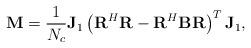
LaTeX: \begin{align*}\mathbf{M} = \frac{1}{N_c}\mathbf{J}_1\left(\mathbf{R}^{H}\mathbf{R} - \mathbf{R}^{H}\mathbf{B}\mathbf{R}\right)^{T}\mathbf{J}_1,\end{align*}